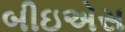
બીઇએસ